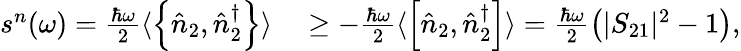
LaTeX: \begin{array}{rl}{s^{n}(\omega)=\frac{\hbar\omega}{2}\langle\left\{ \hat{n}_{2},\hat{n}_{2}^{\dagger}\right\} \rangle}&{{}\ge-\frac{\hbar\omega}{2}\langle\left[\hat{n}_{2},\hat{n}_{2}^{\dagger}\right]\rangle=\frac{\hbar\omega}{2}\left(|S_{21}|^{2}-1\right),}\end{array}